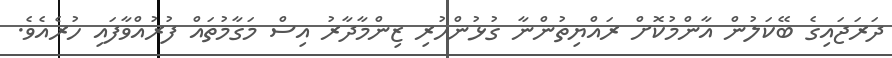
ދަރަޖައިގެ ބޭކަލުން އާންމުކޮށް ރައްޔިތުންނާ ގުޅުންހުރި ޒިންމާދާރު އިސް މަގާމުތައް ފުރުއްވާފައި ހުރެއެވެ.